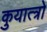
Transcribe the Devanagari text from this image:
कुयात्त्रो